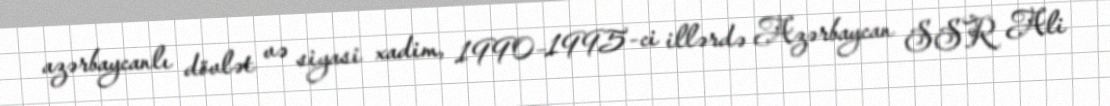
azərbaycanlı dövlət və siyasi xadim, 1990–1995-ci illərdə Azərbaycan SSR Ali